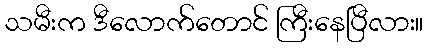
သမီးက ဒီလောက်တောင် ကြီးနေပြီလား။